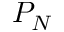
P _ { N }